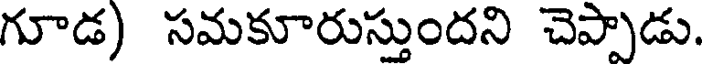
గూడ) సమకూరుస్తుందని చెప్పాడు.